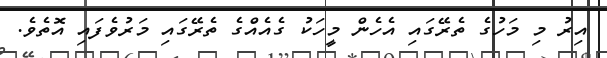
އިރު މި މަހުގެ ތެރޭގައި އެހެން މީހަކު ގެއެއްގެ ތެރޭގައި މަރުވެފައި އޮތެވެ.